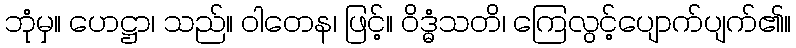
ဘုံမှ။ ဟေဋ္ဌာ၊ သည်။ ဝါတေန၊ ဖြင့်။ ဝိဒ္ဓံသတိ၊ ကြေလွင့်ပျောက်ပျက်၏။